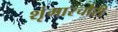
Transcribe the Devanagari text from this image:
शृंगारचौरी